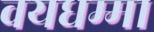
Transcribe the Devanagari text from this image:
वयधम्मा